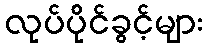
လုပ်ပိုင်ခွင့်များ